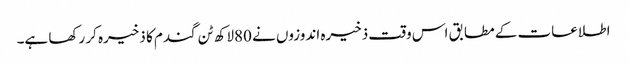
اطلاعات کے مطابق اس وقت ذخیرہ اندوزوں نے 80لاکھ ٹن گندم کا ذخیرہ کر رکھا ہے۔